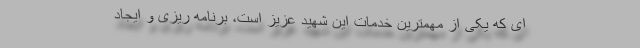
ای که یکی از مهمترین خدمات این شهید عزیز است، برنامه ریزی و ایجاد